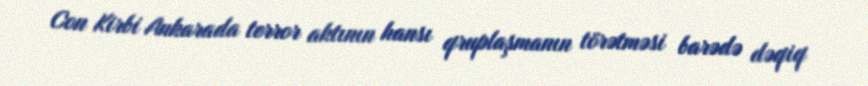
Con Kirbi Ankarada terror aktının hansı qruplaşmanın törətməsi barədə dəqiq